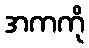
အကကို